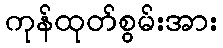
ကုန်ထုတ်စွမ်းအား